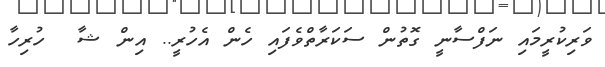
ވަރިކުރީމައި ނަފްސާނީ ގޮތުން ސަކަރާތްވެފައި ހެން އެހުރީ.. އިން ޝާ  ހުރިހާ